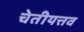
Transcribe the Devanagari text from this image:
चेतीयत्तव